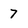
Character: 7